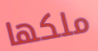
ملكها